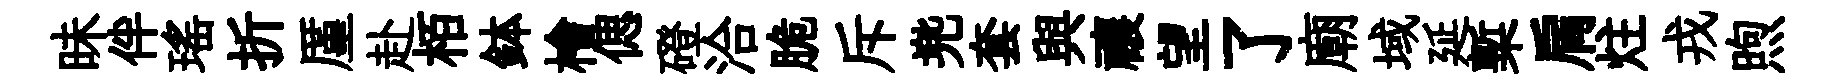
昧伴瑶折厪赴栢鉢檜偲磴洽脆斥兠套與禳望了廟域延槧肩炷戎煦